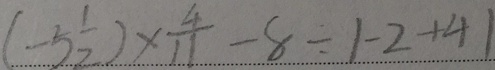
( - 5 \frac { 1 } { 2 } ) \times \frac { 4 } { 1 1 } - 8 \div \vert - 2 + 4 \vert